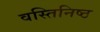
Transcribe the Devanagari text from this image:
वस्तिनिष्ठ